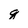
Character: g